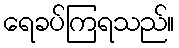
ရေခပ်ကြရသည်။